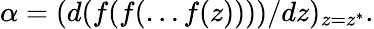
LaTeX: \alpha=(d(f(f(\dots f(z))))/dz)_{z=z^{*}}.